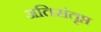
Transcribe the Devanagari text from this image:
अतिसंतृप्त